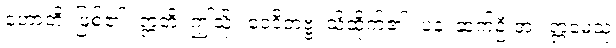
ဟောတိ၊ ဖြစ်၏။ ဣတိ၊ ဤသို့။ ဝေဒိတဗ္ဗံ၊ သိထိုက်၏။ ပန၊ ဆက်ဦးအံ့။ ဣမေသု